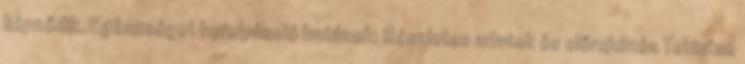
képződik. Egészséget befolyásoló hatások: Részletes adatok és előrejelzés Tekintse